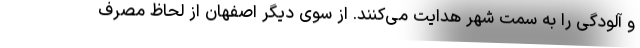
و آلودگی را به سمت شهر هدایت می‌کنند. از سوی دیگر اصفهان از لحاظ مصرف